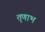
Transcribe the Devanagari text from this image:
तृणाभ